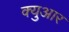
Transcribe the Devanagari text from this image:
क्युआर